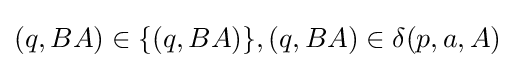
(q,BA)\in \{(q,BA)\},(q,BA)\in \delta (p,a,A)